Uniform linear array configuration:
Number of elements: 12
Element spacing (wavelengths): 0.25
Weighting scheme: hamming
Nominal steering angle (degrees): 60
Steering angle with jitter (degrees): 61.081
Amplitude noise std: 0.05
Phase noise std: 0.05

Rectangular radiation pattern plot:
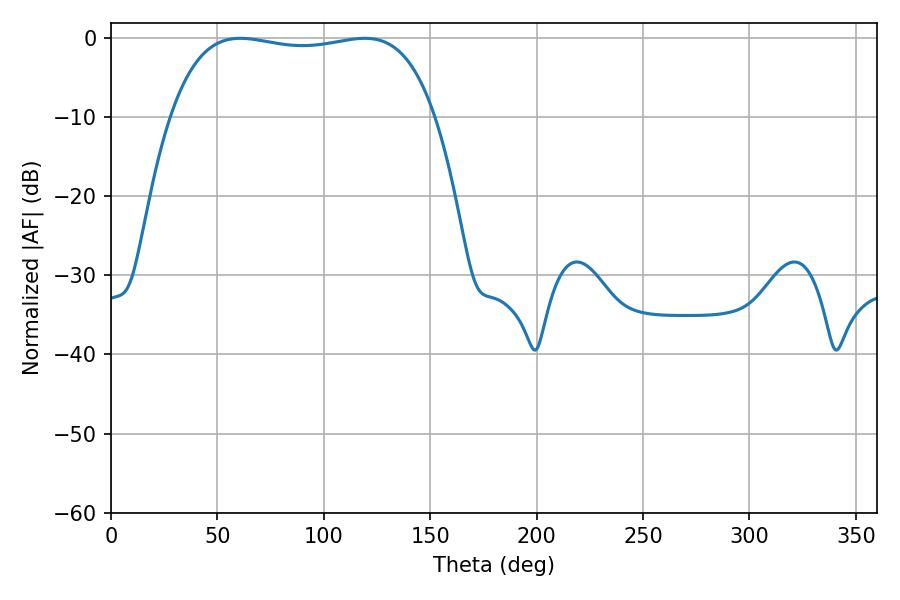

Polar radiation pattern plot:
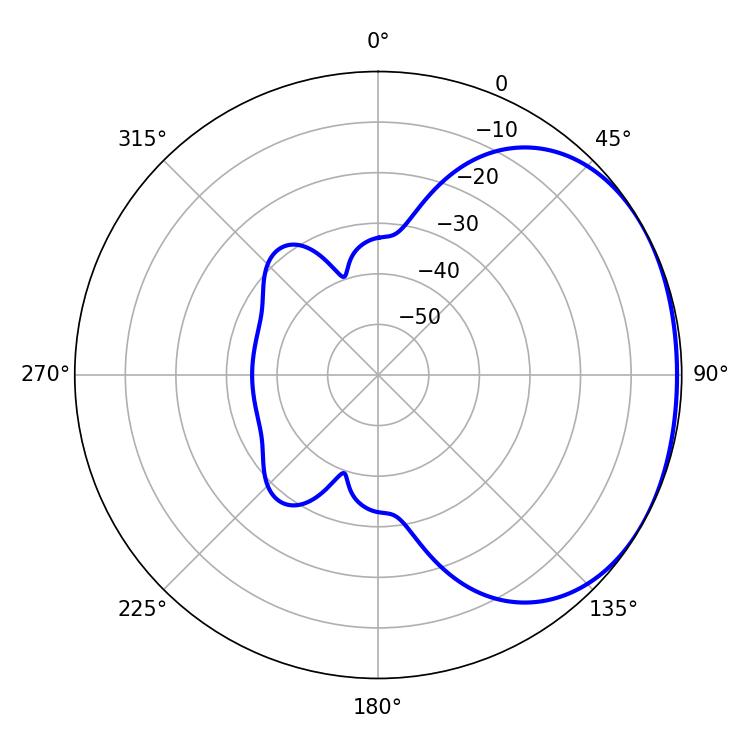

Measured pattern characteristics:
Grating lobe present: FALSE
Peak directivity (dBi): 1.511
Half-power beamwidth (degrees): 99.72
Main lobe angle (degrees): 60.66